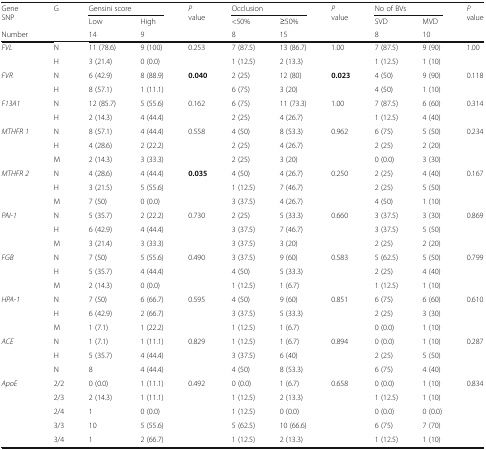
<table><thead><tr><td rowspan="2"><b>Gene SNP</b></td><td rowspan="3"><b>G</b></td><td colspan="2"><b>Gensini score</b></td><td rowspan="3"><b><i>P</i> value</b></td><td colspan="2"><b>Occlusion</b></td><td rowspan="3"><b><i>P</i> value</b></td><td colspan="2"><b>No of BVs</b></td><td rowspan="3"><b><i>P</i> value</b></td></tr><tr><td><b>Low</b></td><td><b>High</b></td><td><b>&lt;50%</b></td><td><b>≥50%</b></td><td><b>SVD</b></td><td><b>MVD</b></td></tr><tr><td><b>Number</b></td><td><b>14</b></td><td><b>9</b></td><td><b>8</b></td><td><b>15</b></td><td><b>8</b></td><td><b>10</b></td></tr></thead><tbody><tr><td rowspan="2"><i>FVL</i></td><td>N</td><td>11 (78.6)</td><td>9 (100)</td><td rowspan="2">0.253</td><td>7 (87.5)</td><td>13 (86.7)</td><td>1.00</td><td>7 (87.5)</td><td>9 (90)</td><td rowspan="2">1.00</td></tr><tr><td>H</td><td>3 (21.4)</td><td>0 (0.0)</td><td>1 (12.5)</td><td>2 (13.3)</td><td></td><td>1 (12.5)</td><td>1 (10)</td></tr><tr><td rowspan="2"><i>FVR</i></td><td>N</td><td>6 (42.9)</td><td>8 (88.9)</td><td rowspan="2"><b>0.040</b></td><td>2 (25)</td><td>12 (80)</td><td rowspan="2"><b>0.023</b></td><td>4 (50)</td><td>9 (90)</td><td rowspan="2">0.118</td></tr><tr><td>H</td><td>8 (57.1)</td><td>1 (11.1)</td><td>6 (75)</td><td>3 (20)</td><td>4 (50)</td><td>1 (10)</td></tr><tr><td rowspan="2"><i>F13A1</i></td><td>N</td><td>12 (85.7)</td><td>5 (55.6)</td><td rowspan="2">0.162</td><td>6 (75)</td><td>11 (73.3)</td><td rowspan="2">1.00</td><td>7 (87.5)</td><td>6 (60)</td><td rowspan="2">0.314</td></tr><tr><td>H</td><td>2 (14.3)</td><td>4 (44.4)</td><td>2 (25)</td><td>4 (26.7)</td><td>1 (12.5)</td><td>4 (40)</td></tr><tr><td rowspan="3"><i>MTHFR 1</i></td><td>N</td><td>8 (57.1)</td><td>4 (44.4)</td><td rowspan="3">0.558</td><td>4 (50)</td><td>8 (53.3)</td><td rowspan="3">0.962</td><td>6 (75)</td><td>5 (50)</td><td rowspan="3">0.234</td></tr><tr><td>H</td><td>4 (28.6)</td><td>2 (22.2)</td><td>2 (25)</td><td>4 (26.7)</td><td>2 (25)</td><td>2 (20)</td></tr><tr><td>M</td><td>2 (14.3)</td><td>3 (33.3)</td><td>2 (25)</td><td>3 (20)</td><td>0 (0.0)</td><td>3 (30)</td></tr><tr><td rowspan="3"><i>MTHFR 2</i></td><td>N</td><td>4 (28.6)</td><td>4 (44.4)</td><td rowspan="3"><b>0.035</b></td><td>4 (50)</td><td>4 (26.7)</td><td rowspan="3">0.250</td><td>2 (25)</td><td>4 (40)</td><td rowspan="3">0.167</td></tr><tr><td>H</td><td>3 (21.5)</td><td>5 (55.6)</td><td>1 (12.5)</td><td>7 (46.7)</td><td>2 (25)</td><td>5 (50)</td></tr><tr><td>M</td><td>7 (50)</td><td>0 (0.0)</td><td>3 (37.5)</td><td>4 (26.7)</td><td>4 (50)</td><td>1 (10)</td></tr><tr><td rowspan="3"><i>PAI-1</i></td><td>N</td><td>5 (35.7)</td><td>2 (22.2)</td><td rowspan="3">0.730</td><td>2 (25)</td><td>5 (33.3)</td><td rowspan="3">0.660</td><td>3 (37.5)</td><td>3 (30)</td><td rowspan="3">0.869</td></tr><tr><td>H</td><td>6 (42.9)</td><td>4 (44.4)</td><td>3 (37.5)</td><td>7 (46.7)</td><td>3 (37.5)</td><td>5 (50)</td></tr><tr><td>M</td><td>3 (21.4)</td><td>3 (33.3)</td><td>3 (37.5)</td><td>3 (20)</td><td>2 (25)</td><td>2 (20)</td></tr><tr><td rowspan="3"><i>FGB</i></td><td>N</td><td>7 (50)</td><td>5 (55.6)</td><td rowspan="3">0.490</td><td>3 (37.5)</td><td>9 (60)</td><td rowspan="3">0.583</td><td>5 (62.5)</td><td>5 (50)</td><td rowspan="3">0.799</td></tr><tr><td>H</td><td>5 (35.7)</td><td>4 (44.4)</td><td>4 (50)</td><td>5 (33.3)</td><td>2 (25)</td><td>4 (40)</td></tr><tr><td>M</td><td>2 (14.3)</td><td>0 (0.0)</td><td>1 (12.5)</td><td>1 (6.7)</td><td>1 (12.5)</td><td>1 (10)</td></tr><tr><td rowspan="3"><i>HPA-1</i></td><td>N</td><td>7 (50)</td><td>6 (66.7)</td><td rowspan="3">0.595</td><td>4 (50)</td><td>9 (60)</td><td rowspan="3">0.851</td><td>6 (75)</td><td>6 (60)</td><td rowspan="3">0.610</td></tr><tr><td>H</td><td>6 (42.9)</td><td>2 (66.7)</td><td>3 (37.5)</td><td>5 (33.3)</td><td>2 (25)</td><td>3 (30)</td></tr><tr><td>M</td><td>1 (7.1)</td><td>1 (22.2)</td><td>1 (12.5)</td><td>1 (6.7)</td><td>0 (0.0)</td><td>1 (10)</td></tr><tr><td rowspan="3"><i>ACE</i></td><td>N</td><td>1 (7.1)</td><td>1 (11.1)</td><td rowspan="3">0.829</td><td>1 (12.5)</td><td>1 (6.7)</td><td rowspan="3">0.894</td><td>0 (0.0)</td><td>1 (10)</td><td rowspan="3">0.287</td></tr><tr><td>H</td><td>5 (35.7)</td><td>4 (44.4)</td><td>3 (37.5)</td><td>6 (40)</td><td>2 (25)</td><td>5 (50)</td></tr><tr><td>N</td><td>8</td><td>4 (44.4)</td><td>4 (50)</td><td>8 (53.3)</td><td>6 (75)</td><td>4 (40)</td></tr><tr><td rowspan="5"><i>ApoE</i></td><td>2/2</td><td>0 (0.0)</td><td>1 (11.1)</td><td rowspan="5">0.492</td><td>0 (0.0)</td><td>1 (6.7)</td><td rowspan="5">0.658</td><td>0 (0.0)</td><td>1 (10)</td><td rowspan="5">0.834</td></tr><tr><td>2/3</td><td>2 (14.3)</td><td>1 (11.1)</td><td>1 (12.5)</td><td>2 (13.3)</td><td>1 (12.5)</td><td>1 (10)</td></tr><tr><td>2/4</td><td>1</td><td>0 (0.0)</td><td>1 (12.5)</td><td>0 (0.0)</td><td>0 (0.0)</td><td>0 (0.0)</td></tr><tr><td>3/3</td><td>10</td><td>5 (55.6)</td><td>5 (62.5)</td><td>10 (66.6)</td><td>6 (75)</td><td>7 (70)</td></tr><tr><td>3/4</td><td>1</td><td>2 (66.7)</td><td>1 (12.5)</td><td>2 (13.3)</td><td>1 (12.5)</td><td>1 (10)</td></tr></tbody></table>